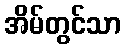
အိမ်တွင်သာ